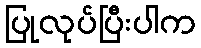
ပြုလုပ်ပြီးပါက